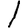
Digit: 1